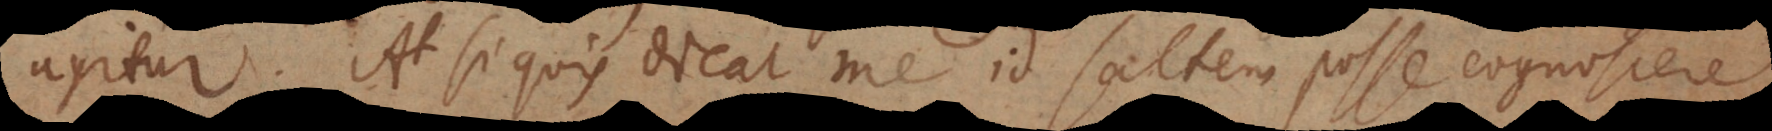
agitur. At si quis dicat me id saltem posse cognoscere